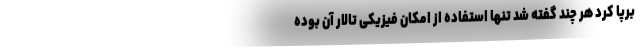
برپا کرد هر چند گفته شد تنها استفاده از امکان فیزیکی تالار آن بوده